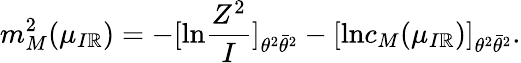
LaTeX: m_{M}^{2}(\mu_{I\mathbb{R}})=-[\mathrm{{ln}}\frac{{Z^{2}}}{{I}}]_{\theta^{2}\bar{{\theta}}^{2}}-[\mathrm{{ln}}c_{M}(\mu_{I\mathbb{R}})]_{\theta^{2}\bar{{\theta}}^{2}}.